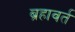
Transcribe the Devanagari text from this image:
ब्रहावर्त